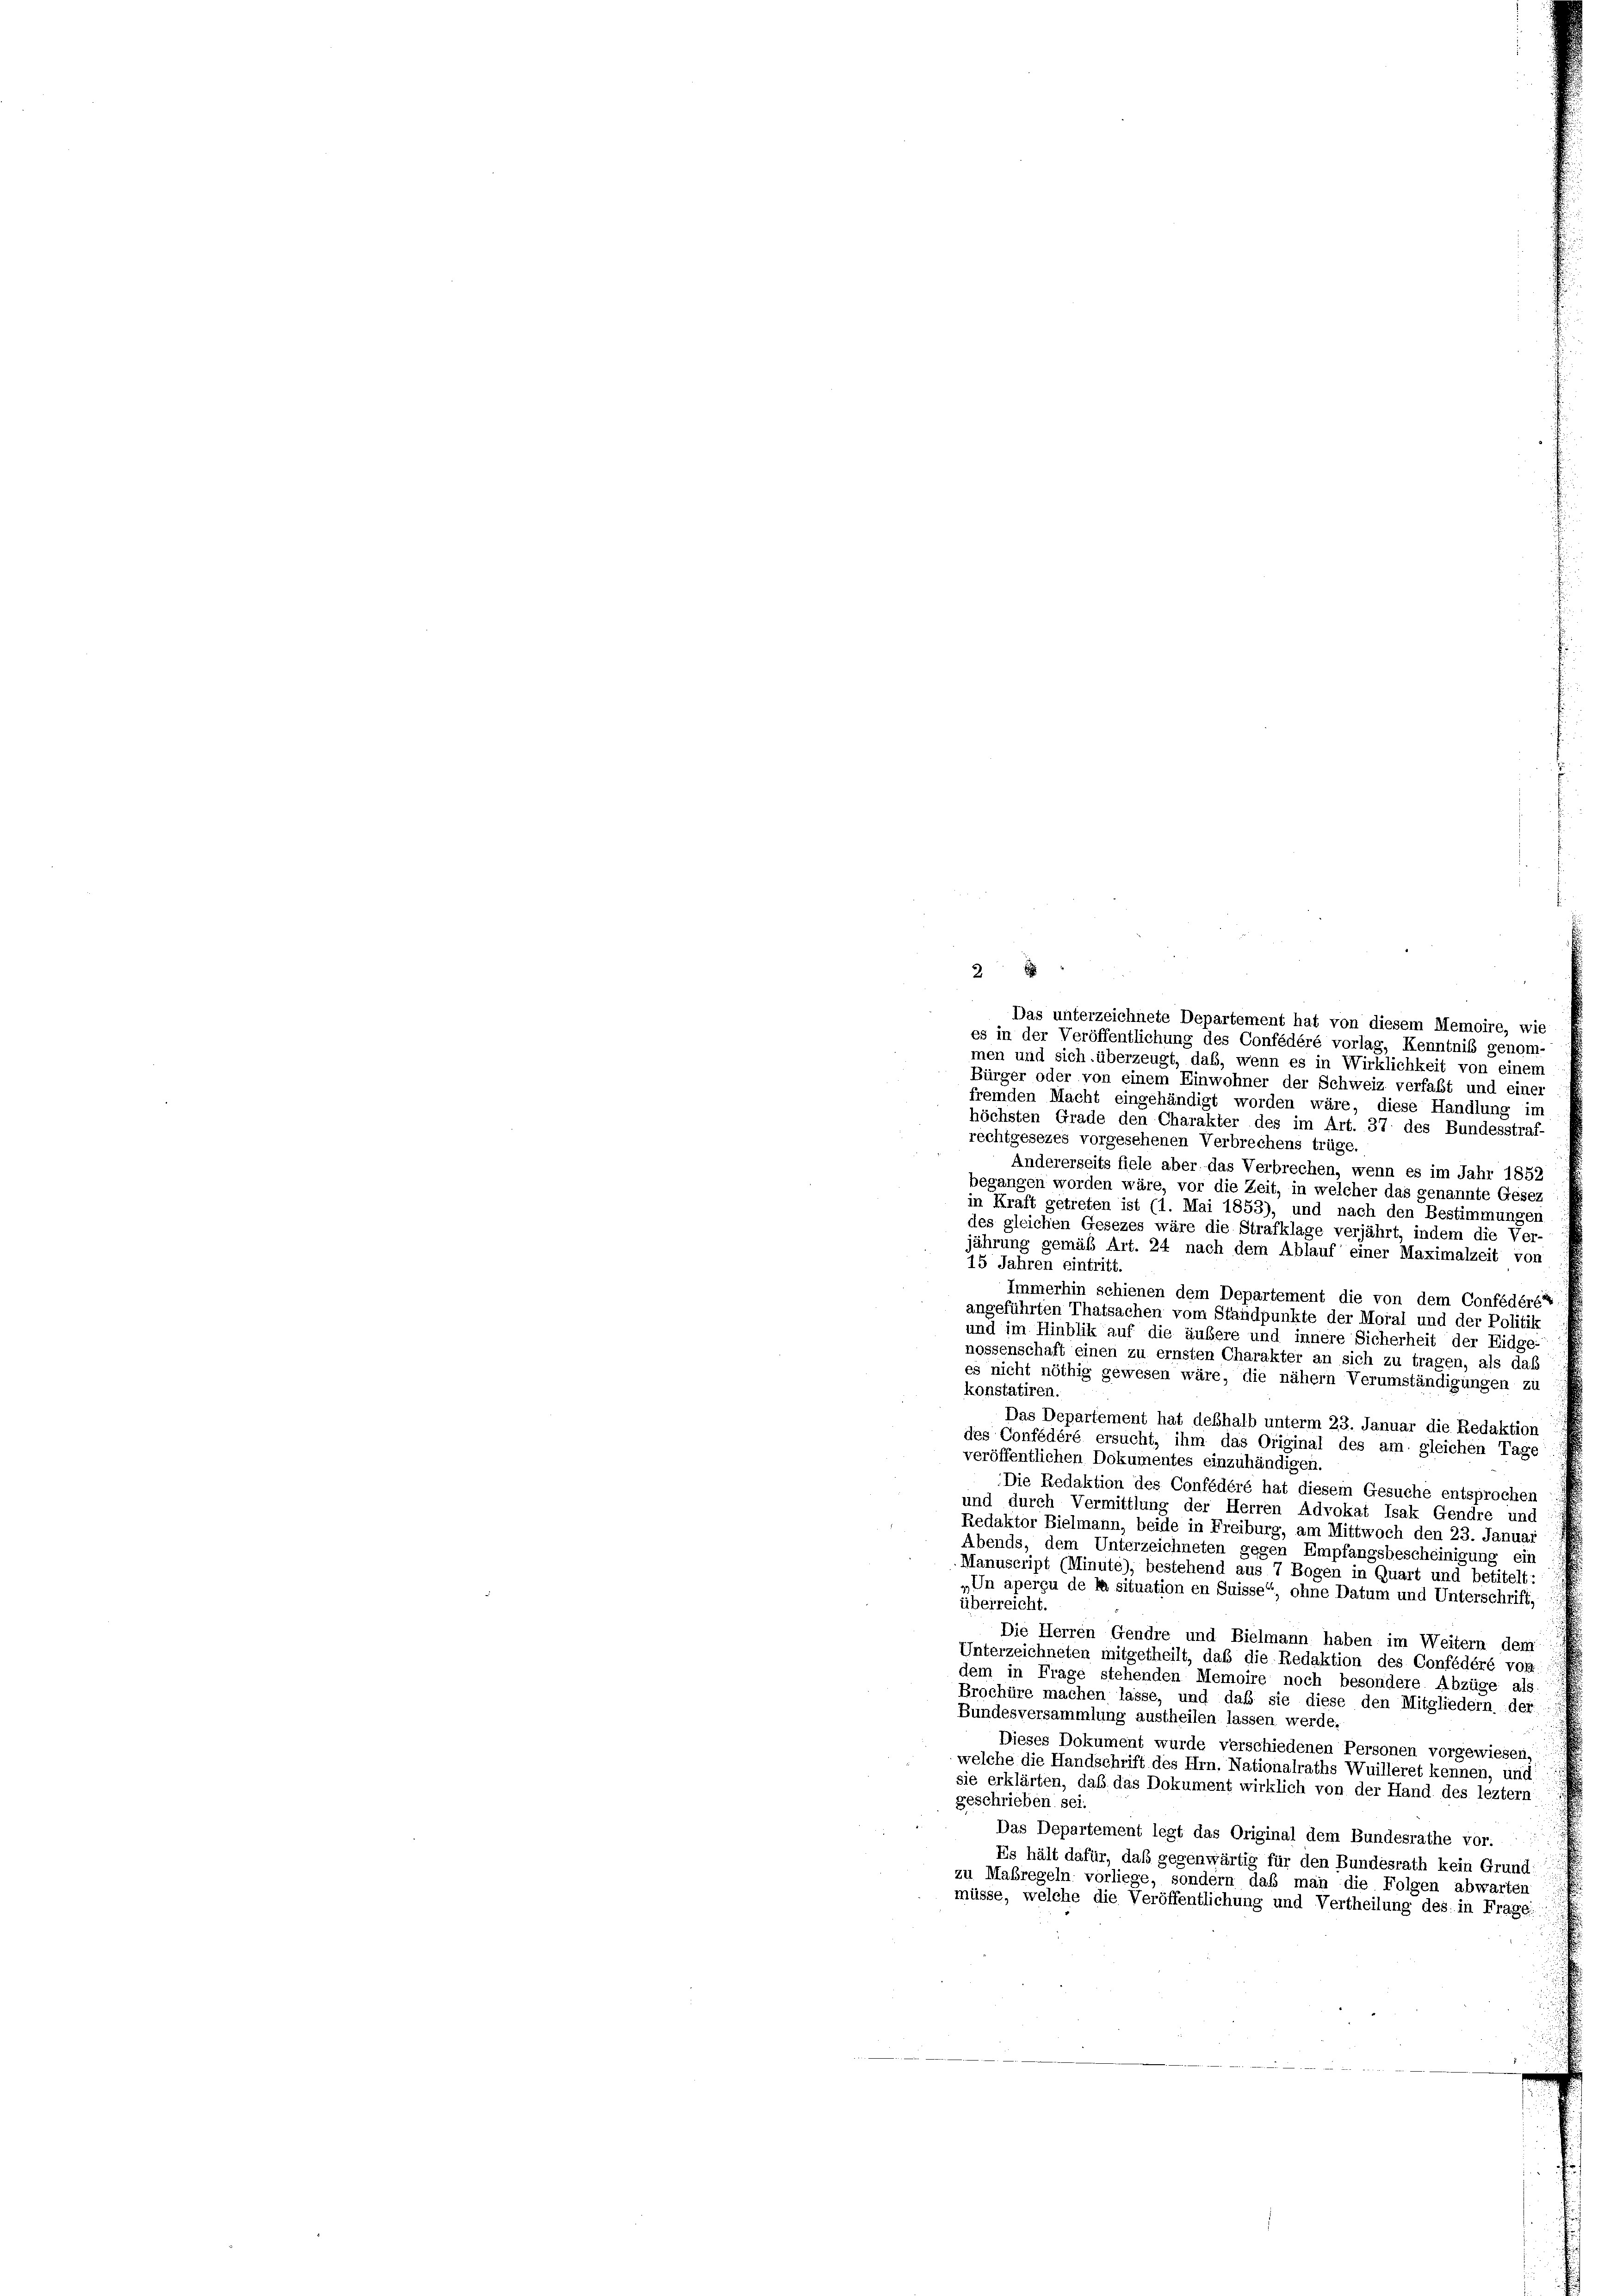
2
Das unterzeichnete Departement hat von diesem Memoire, wie
es in der Veröffentlichung des Confédéré vorlag, Kenntniß genom-
men und sich überzeugt, daß, wenn es in Wirklichkeit von einem
Bürger oder von einem Einwohner der Schweiz verfaßt und einer
fremden Macht eingehändigt worden wäre, diese Handlung im
höchsten Grade den Charakter des im Art. 37 des Bundesstraf-
rechtgesezes vorgesehenen Verbrechens trüge.
Andererseits fiele aber das Verbrechen, wenn es im Jahr 1852
begangen worden wäre, vor die Zeit, in welcher das genannte Gesez
in Kraft getreten ist (1. Mai 1853), und nach den Bestimmungen
des gleichen Gesezes wäre die Strafklage verjährt, indem die Ver-
jährung gemäß Art. 24 nach dem Ablauf einer Maximalzeit von
15 Jahren eintritt.
Immerhin schienen dem Departement die von dem Confédéré
angeführten Thatsachen vom Standpunkte der Moral und der Politik
und im Hinblik auf die äußere und innere Sicherheit der Eidge-
nossenschaft einen zu ernsten Charakter an sich zu tragen, als daß
es nicht nöthig gewesen wäre, die nähern Verumständigungen zu
konstatiren
Das Departement hat deßhalb unterm 23. Januar die Redaktion
des Confédéré ersucht, ihm das Original des am gleichen Tage
veröffentlichen Dokumentes einzuhändigen.
Die Redaktion des Confédéré hat diesem Gesuche entsprochen
und durch Vermittlung der Herren Advokat Isak Gendre und
Redaktor Bielmann, beide in Freiburg, am Mittwoch den 23. Januar
Abends, dem Unterzeichneten gegen Empfangsbescheinigung ein
Manuscript (Minuté), bestehend aus 7 Bogen in Quart und betitelt:
„Un aperçu de la situation en Suisse“, ohne Datum und Unterschrift,
überreicht.
Die Herren Gendre und Bielmann haben im Weitern dem
Unterzeichneten mitgetheilt, daß die Redaktion des Confédéré von
dem in Frage stehenden Memoire noch besondere Abzüge als
Brochüre machen lasse, und daß sie diese den Mitgliedern der
Bundesversammlung austheilen lassen werde.
Dieses Dokument wurde verschiedenen Personen vorgewiesen,
welche die Handschrift des Hrn. Nationalraths Wuilleret kennen, und
sie erklärten, daß das Dokument wirklich von der Hand des leztem
geschrieben sei.
Das Departement legt das Original dem Bundesrathe vor.
Es hält dafür, daß gegenwärtig für den Bundesrath kein Grund-
zu Maßregeln vorliege, sondern daß man die Folgen abwarten
müsse, welche die Veröffentlichung und Vertheilung des in Frage: